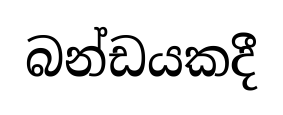
බන්ඩයකදී